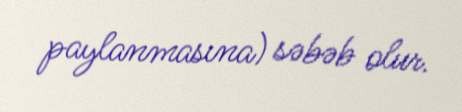
paylanmasına) səbəb olur.